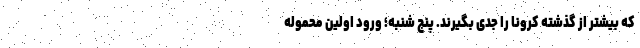
که بیشتر از گذشته کرونا را جدی بگیرند. پنج شنبه؛ ورود اولین محموله